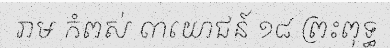
រាម កំពស់ ៣យោជន៍ ១៨ ព្រះពុទ្ធ